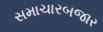
સમાચારબજાર